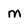
Character: m